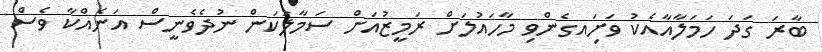
ބާރަ ގަދަ ހަމަލާއާއެކު ވަށަިއގެންވި މާހައުލަށް ރަމީޒުއަށް ސަމާލުކަން ނުދެވެނީސް އަނެއްކާ ވެސް